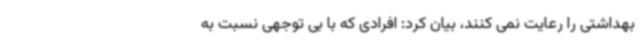
بهداشتی را رعایت نمی کنند، بیان کرد: افرادی که با بی توجهی نسبت به